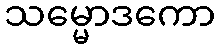
သမ္မောဒကော